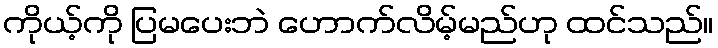
ကိုယ့်ကို ပြမပေးဘဲ ဟောက်လိမ့်မည်ဟု ထင်သည်။